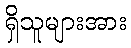
ရှိသူများအား